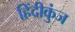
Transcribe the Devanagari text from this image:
हिंदीकुंज